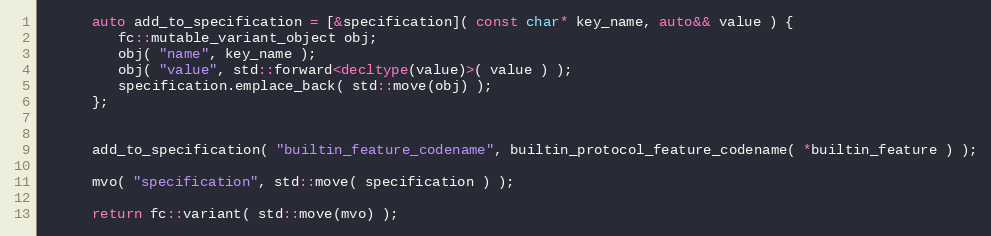
Language: C++
      auto add_to_specification = [&specification]( const char* key_name, auto&& value ) {
         fc::mutable_variant_object obj;
         obj( "name", key_name );
         obj( "value", std::forward<decltype(value)>( value ) );
         specification.emplace_back( std::move(obj) );
      };

      add_to_specification( "builtin_feature_codename", builtin_protocol_feature_codename( *builtin_feature ) );

      mvo( "specification", std::move( specification ) );

      return fc::variant( std::move(mvo) );